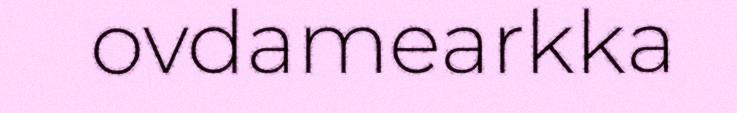
ovdamearkka